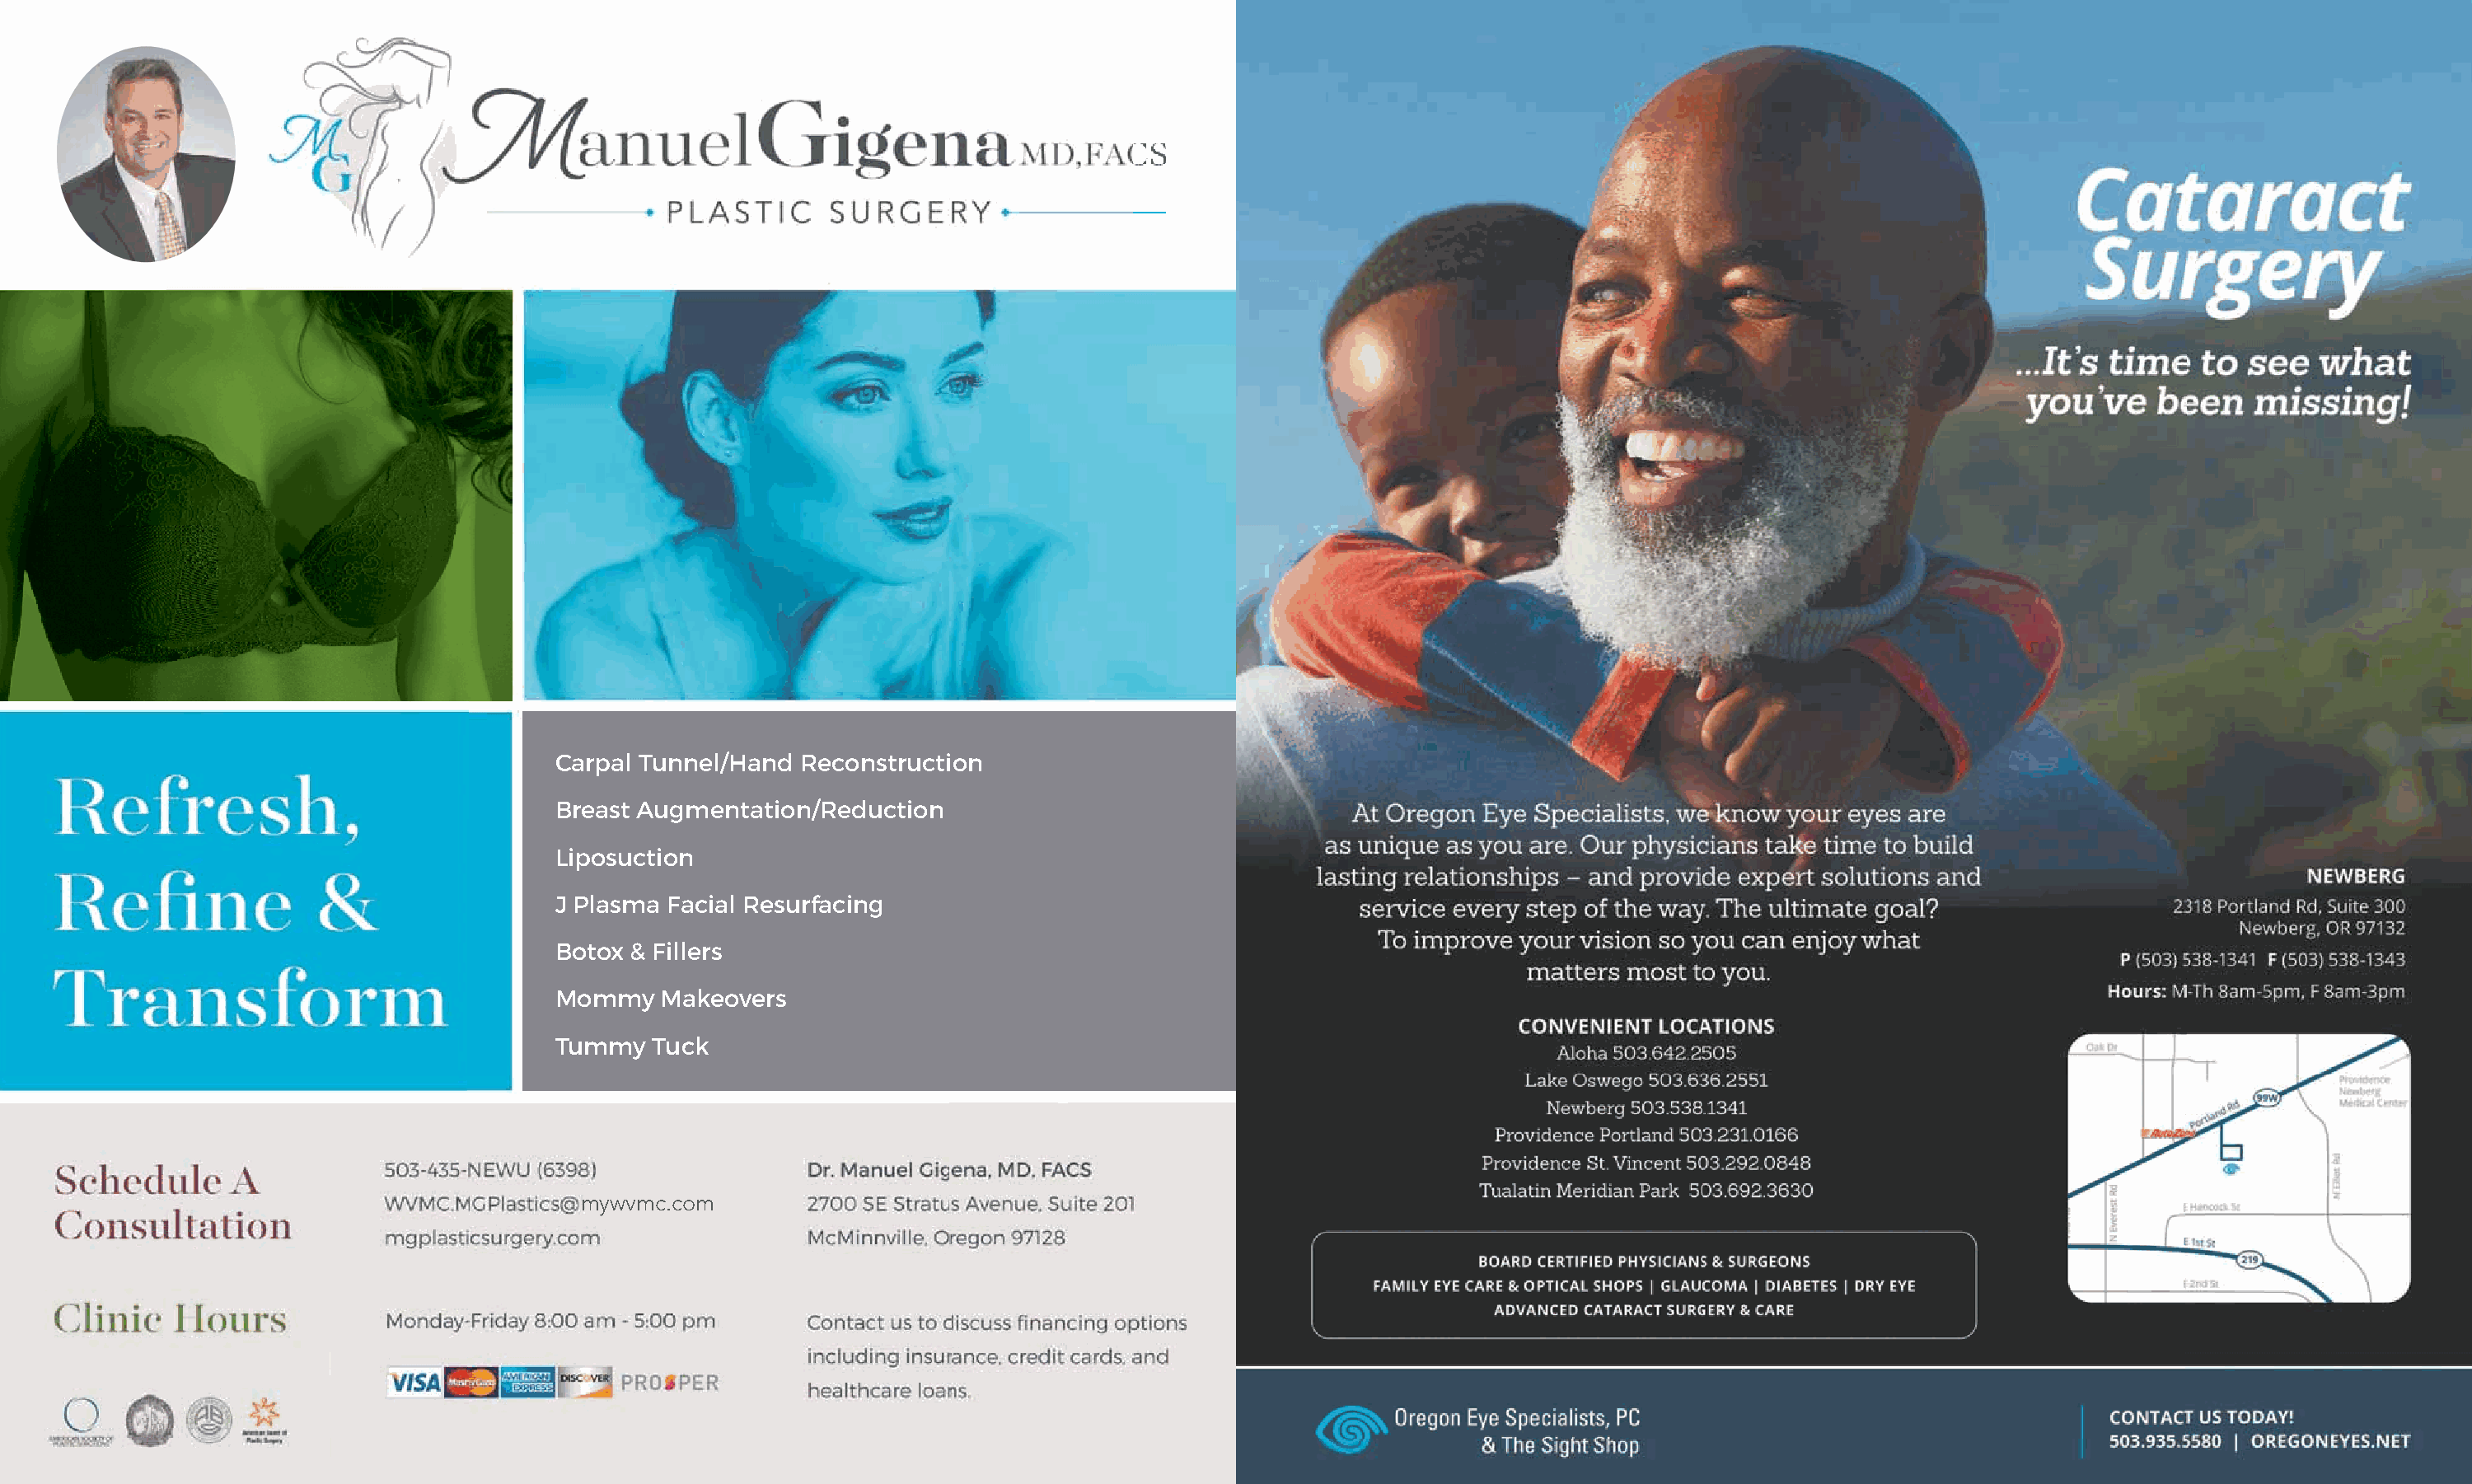
Carpal Tunnel/Hand Reconstruction
 Breast Augmentation/Reduction
 Liposuction
 J Plasma Facial Resurfacing
 Botox & Fillers
 Mommy   Makeovers
 Tummy  Tuck
 mywvmc.com
 46                                         2019. 2020                                                                                         2019. 2020                                   47